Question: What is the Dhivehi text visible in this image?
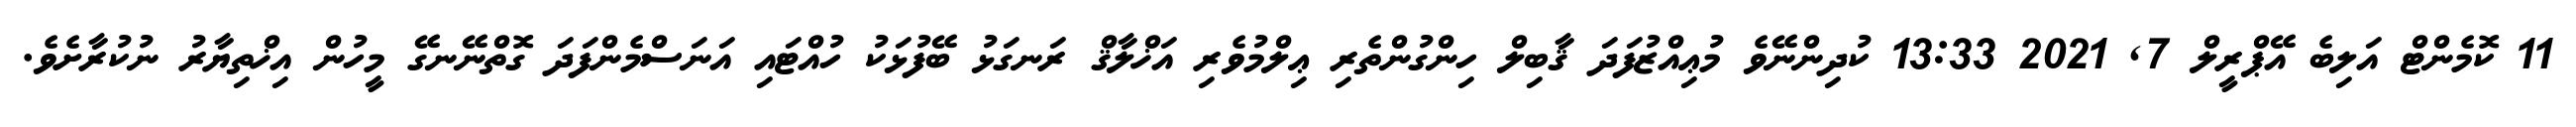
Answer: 11 ކޮމެންޓް އަލިބެ އޭޕްރީލް 7, 2021 13:33 ކުދިންނޭވެ މުޢިއްޒުފަދަ ޤާބިލް ހިންގުންތެރި ޢިލްމުވެރި އަޚްލާޤް ރަނގަޅު ބޭފުޅަކު ހުއްޓައި އަނަސްމެންފަދަ ގޮތްނޭނގޭ މީހުން އިޚްތިޔާރު ނުކުރާށެވެ.